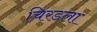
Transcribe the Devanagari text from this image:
चिरडला